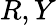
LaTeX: R,Y